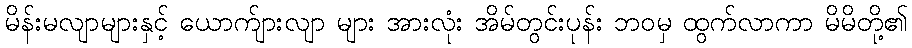
မိန်းမလျာများနှင့် ယောက်ျားလျာ များ အားလုံး အိမ်တွင်းပုန်း ဘဝမှ ထွက်လာကာ မိမိတို့၏